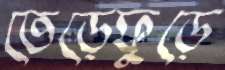
তেড়েফুড়ে